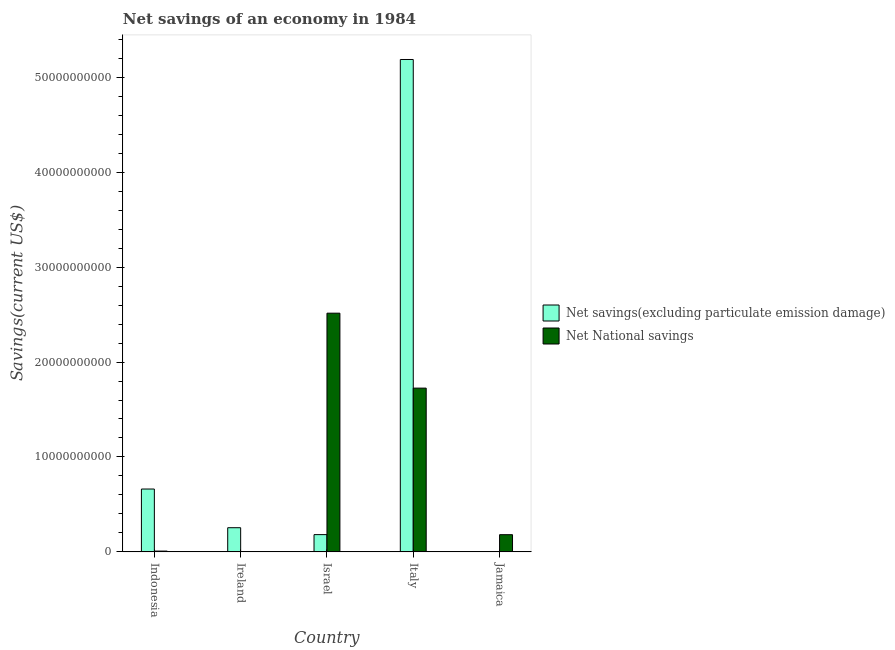
| Country | Net savings(excluding particulate emission damage) | Net National savings |
 | --- | --- | --- |
 | Indonesia | 6.62e+09 | 8.27e+07 |
 | Ireland | 2.55e+09 | 3.84e+07 |
 | Israel | 1.82e+09 | 2.51e+10 |
 | Italy | 5.19e+10 | 1.73e+10 |
 | Jamaica | -4.04e+07 | 1.81e+09 |